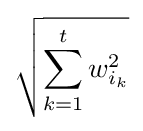
{\sqrt {\sum _{k=1}^{t}w_{i_{k}}^{2}}}